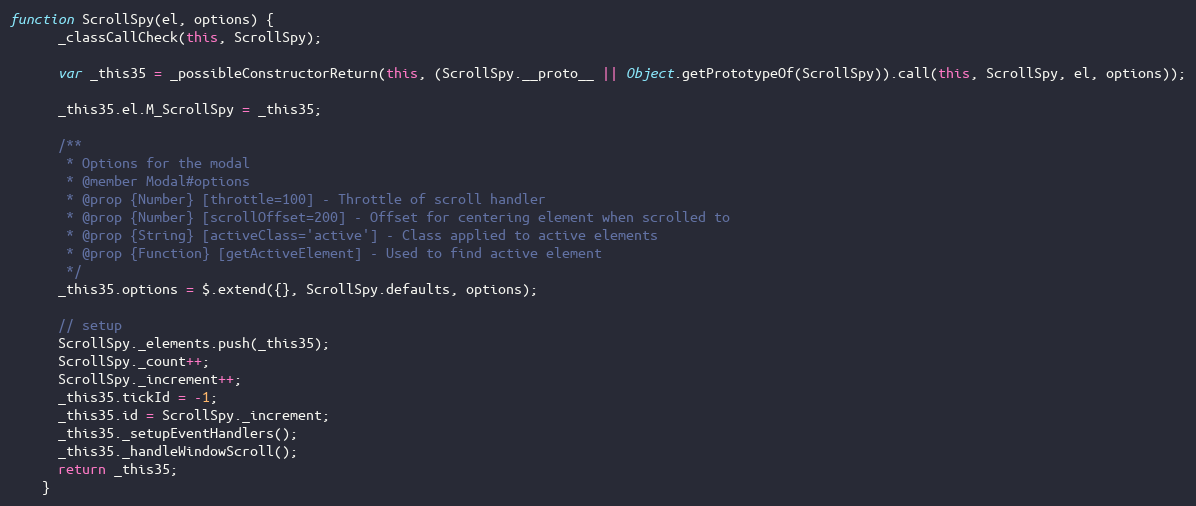
Language: JavaScript
function ScrollSpy(el, options) {
      _classCallCheck(this, ScrollSpy);

      var _this35 = _possibleConstructorReturn(this, (ScrollSpy.__proto__ || Object.getPrototypeOf(ScrollSpy)).call(this, ScrollSpy, el, options));

      _this35.el.M_ScrollSpy = _this35;

      /**
       * Options for the modal
       * @member Modal#options
       * @prop {Number} [throttle=100] - Throttle of scroll handler
       * @prop {Number} [scrollOffset=200] - Offset for centering element when scrolled to
       * @prop {String} [activeClass='active'] - Class applied to active elements
       * @prop {Function} [getActiveElement] - Used to find active element
       */
      _this35.options = $.extend({}, ScrollSpy.defaults, options);

      // setup
      ScrollSpy._elements.push(_this35);
      ScrollSpy._count++;
      ScrollSpy._increment++;
      _this35.tickId = -1;
      _this35.id = ScrollSpy._increment;
      _this35._setupEventHandlers();
      _this35._handleWindowScroll();
      return _this35;
    }